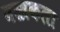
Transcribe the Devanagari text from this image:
वस्त्रकला